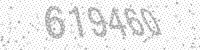
Solution: 619460